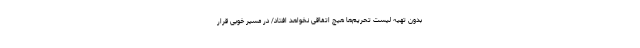
بدون تهیه لیست تحریم‌ها هیچ اتفاقی نخواهد افتاد/ در مسیر خوبی قرار